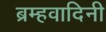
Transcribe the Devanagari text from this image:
ब्रम्हवादिनी